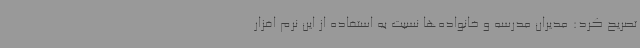
تصریح کرد: مدیران مدرسه و خانواده‌ها نسبت به استفاده از این نرم افزار